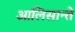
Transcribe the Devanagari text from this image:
आलिसान्ते